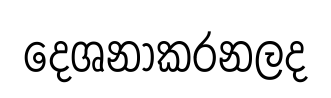
දෙශනාකරනලද